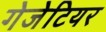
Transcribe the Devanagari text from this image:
गेजेटियर